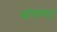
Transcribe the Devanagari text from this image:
कांचनमयं